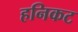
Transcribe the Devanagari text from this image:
हनिकट